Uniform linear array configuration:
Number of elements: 64
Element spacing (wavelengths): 1
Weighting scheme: hamming
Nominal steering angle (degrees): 15
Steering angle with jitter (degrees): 14.353
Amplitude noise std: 0.05
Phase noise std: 0.05

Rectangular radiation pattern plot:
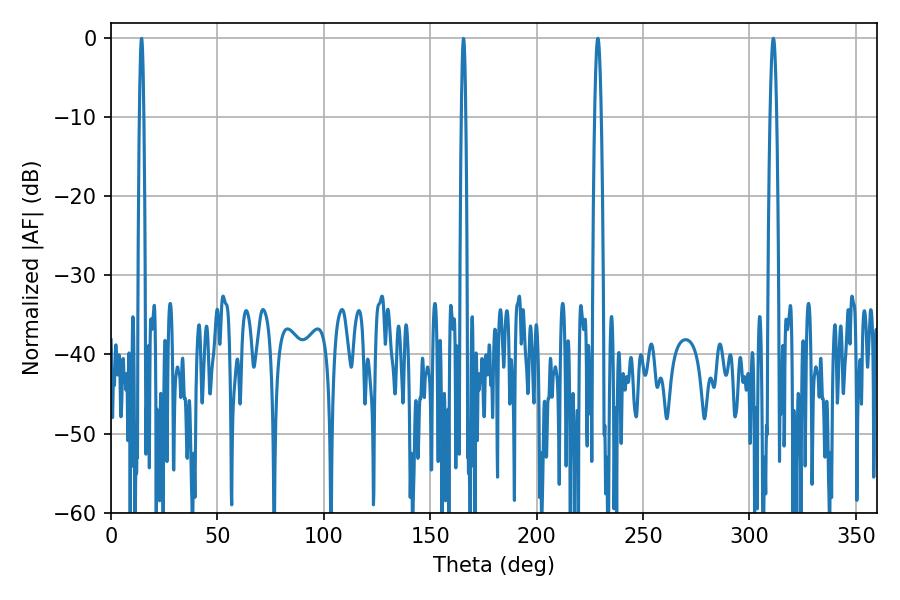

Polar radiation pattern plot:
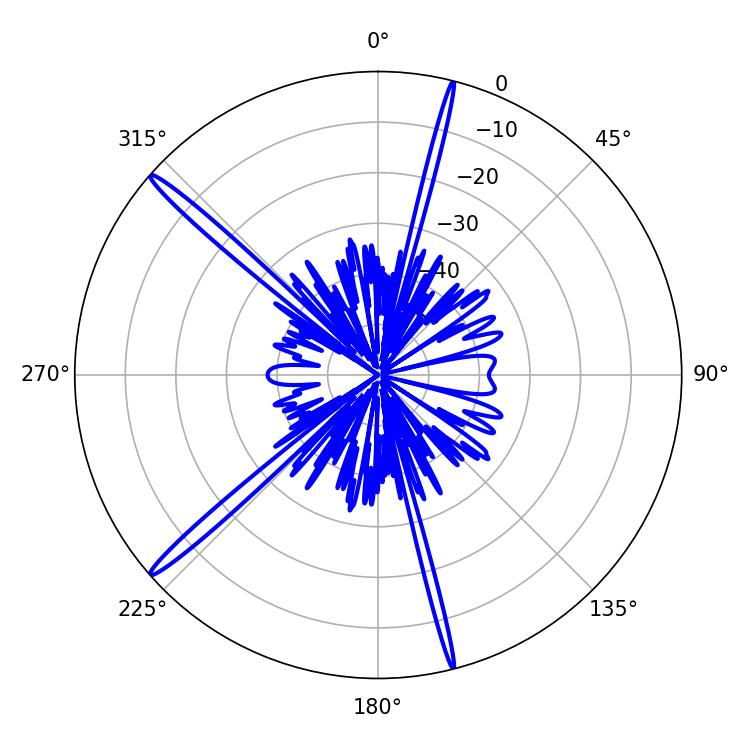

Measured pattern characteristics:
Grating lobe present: TRUE
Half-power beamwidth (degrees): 1.62
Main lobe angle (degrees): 311.22